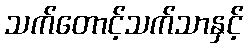
သက်တောင့်သက်သာနှင့်